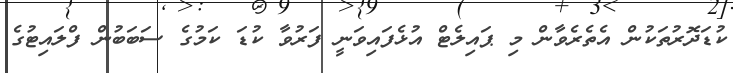
ކުޑަދޮރުތަކުން އެތެރެވާން މި ޕައިލެޓް އުޅެފައިވަނީ ފަރުވާ ކުޑަ ކަމުގެ ސަބަބުން ފްލައިޓުގެ